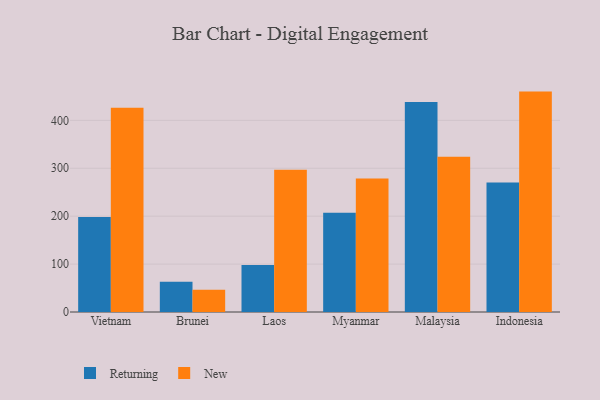
{"axis": {"x": "Country", "y": "Gross Profit (USD K)"}, "legend": ["New", "Returning"], "data": [{"x": "Vietnam", "y": 198.4, "type": "Returning"}, {"x": "Vietnam", "y": 426.1, "type": "New"}, {"x": "Brunei", "y": 63.1, "type": "Returning"}, {"x": "Brunei", "y": 46.4, "type": "New"}, {"x": "Laos", "y": 98.0, "type": "Returning"}, {"x": "Laos", "y": 296.9, "type": "New"}, {"x": "Myanmar", "y": 207.3, "type": "Returning"}, {"x": "Myanmar", "y": 278.6, "type": "New"}, {"x": "Malaysia", "y": 438.2, "type": "Returning"}, {"x": "Malaysia", "y": 324.2, "type": "New"}, {"x": "Indonesia", "y": 270.2, "type": "Returning"}, {"x": "Indonesia", "y": 460.0, "type": "New"}]}